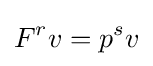
F^{r}v=p^{s}v